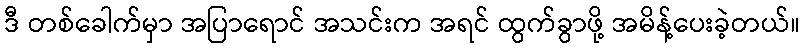
ဒီ တစ်ခေါက်မှာ အပြာရောင် အသင်းက အရင် ထွက်ခွာဖို့ အမိန့်ပေးခဲ့တယ်။